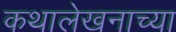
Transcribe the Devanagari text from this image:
कथालेखनाच्या